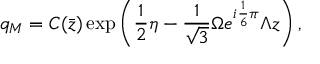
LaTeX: q _ { M } = C ( \bar { z } ) \exp \left( \frac { 1 } { 2 } \eta - \frac { 1 } { \sqrt { 3 } } \Omega e ^ { i \frac { 1 } { 6 } \pi } \Lambda z \right) ,